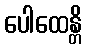
ပေါထေန္တိ